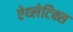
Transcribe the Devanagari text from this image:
ऐथ्लेटिक्स